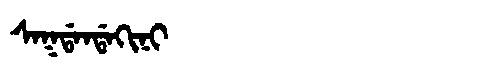
Manchu: ᠰᠠᡴᡩᠠᠨᡩᠠᡴᡳᠨᡳ
Romanization: SAKDANDAKINI